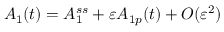
A _ { 1 } ( t ) = A _ { 1 } ^ { s s } + \varepsilon A _ { 1 p } ( t ) + O ( \varepsilon ^ { 2 } )